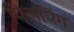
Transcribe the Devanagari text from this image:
फ्लिपिंग